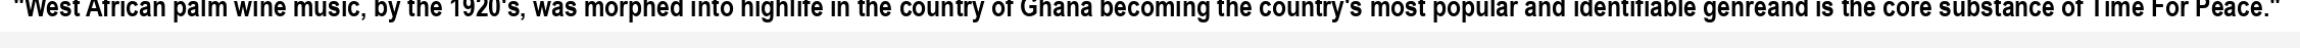
"West African palm wine music, by the 1920's, was morphed into highlife in the country of Ghana becoming the country's most popular and identifiable genreand is the core substance of Time For Peace."